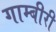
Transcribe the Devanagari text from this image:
गाम्बीरी